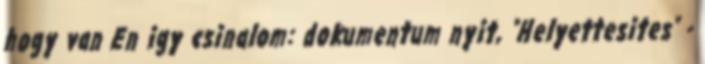
hogy van En igy csinalom: dokumentum nyit, "Helyettesites" -